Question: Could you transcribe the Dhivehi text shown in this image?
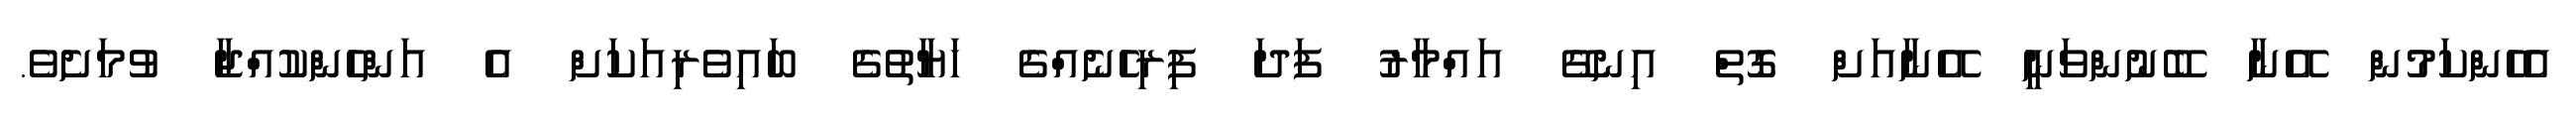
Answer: އެހެންކަމުން އޭނާ ބޭނުންވަނީ އޭނާއަށް ގޮތް އިނގޭ އައްމާރު ފަދަ ފިރިހެނެއްގެ ހަޔާތުގެ ބައިވެރިއަކަށް އެ އަންހެންކުއްޖާ ވުމަށެވެ.